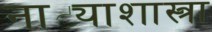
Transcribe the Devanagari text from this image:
नाट्याशास्त्रा